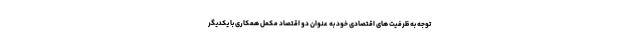
توجه به ظرفیت های اقتصادی خود به عنوان دو اقتصاد مکمل همکاری با یکدیگر